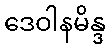
ဒေဝါနမိန္ဒ